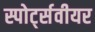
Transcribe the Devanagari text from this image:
स्पोर्ट्सवीयर